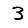
Digit: 3